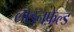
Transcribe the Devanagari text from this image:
लाइनफेल्ड